Annual report on the Civil Veterinary Department, Burma (including the Insein Veterinary School) - 1910-1922
Year: 1910
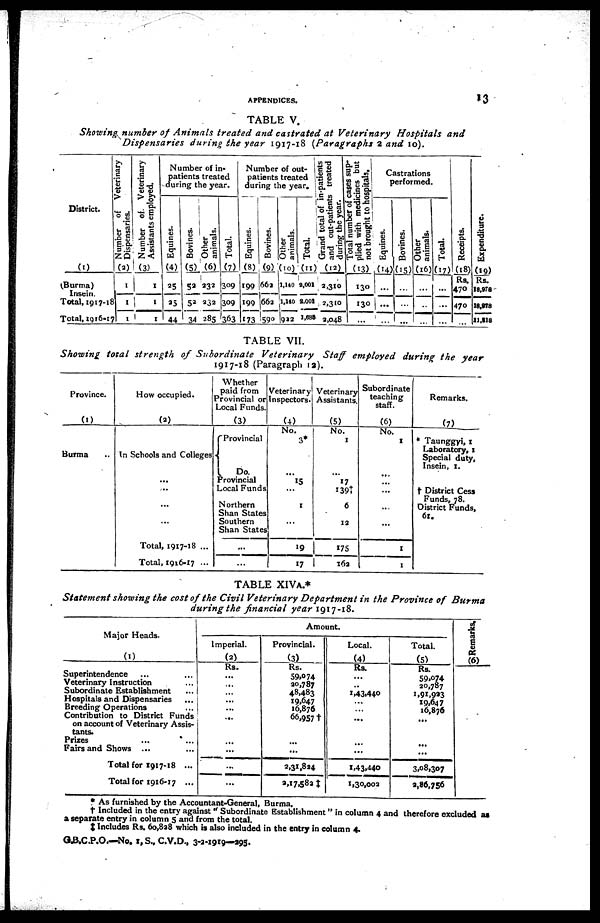
APPENDICES. 1
TABLE V.
Showing number of Animals treated and castrated at Veterinary
Hospitals
and
Dispensaries
during the year 1917-18 (Paragraphs 2 and 10).
District.
(1)
(Burma)
Insein.
Total, 1917-18
Total, 1916-17
Number of Veterinary
Dispensaries.
(2)
1
1
1
Number of. Veterinary
Assistants employed.
(3)
1
1
1
Number of in-
patients treated
during the year.
Equines.
(4)
25
25
44
Bovines.
(5)
52
52
34
Other
animals.
(6)
232
232
285
Total.
(7)
309
309
363
Number of out-
patients treated
during the year.
Equines.
(8)
199
199
173
Bovines.
(9)
662
662
590
Other
animals.
(10)
1,140
1,140
922
Total.
(11)
2,001
2,001
1,685
Grand total of in-patients
and out-patients treated
during the year.
(12)
2,310
2,310
2,048
Total number of cases sup-
plied with medicines but
not brought to hospitals.
(13)
130
130
...
Castrations
performed.
Equines.
(14)
...
...
...
Bovines.
(15)
...
...
...
Other
animals.
(16)
...
..
...
Total.
(17)
...
...
...
Receipts.
(18)
Rs.
470
470
...
Expenditure.
(19)
Rs.
18.978
18,978
11,818
TABLE VII.
Showing total strength
of Subordinate
Veterinary
Staff employed during the
year
1917-18 (Paragraph 12).
Province.
(1)
Burma ...
How occupied.
(2)
In Schools and Colleges
...
...
...
...
Total, 1917-18 ...
Total, 1916-17 ...
Whether
paid from
Provincial or
Local Funds.
(3)
Provincial
Do.
Provincial
Local Funds
Northern
Shan States
Southern
Shan States
...
...
Veterinary
Inspectors.
(4)
No.
3*
...
15
...
1
...
19
17
Veterinary
Assistants.
(5)
No.
1
...
17
139†
6
12
175
162
Subordinate
teaching
staff.
(6)
No.
I
...
...
...
...
...
1
1
Remarks.
(7)
* Taunggyi, 1
Laboratory, 1
Special duty,
Insein, 1.
† District Cess
Funds, 78.
District Funds,
61.
TABLE XIVA.*
Statement showing the cost of the Civil Veterinary Department in the Province of
Burma
during the financial year 1917-18.
Major Heads.
(1)
Superintendence
Veterinary Instruction
Subordinate Establishment
Hospitals and Dispensaries
Breeding Operations
Contribution to District Funds
on account of Veterinary Assis-
tants.
Prizes
Fairs and Shows
Total for 1917-18 ...
Total for 1916-17 ...
Amount.
Imperial.
(2)
Rs.
...
...
...
...
...
...
...
...
...
...
Provincial.
(3)
Rs.
59,074
20,787
48,483
19,647
16,876
66,957†
...
...
2,31,824
2,17,582 ‡
Local.
(4)
Rs.
...
..
1,43,440
...
...
...
...
...
1,43,440
1,30,002
Total.
(5)
Rs.
59,074
20,787
1,91,923
19,647
16,876
...
3,08,307
2,86,756
Remarks.
(6)
* As furnished by the Accountant-General, Burma.
† Included in the entry against "Subordinate Establishment" in column 4 and therefore excluded as
a separate entry in column 5 and from the total.
‡ Includes Rs. 60,828 which is also included in the entry in column 4.
G.B.C.P.O.—No. I, S., C.V.D., 3-2-1919—295.